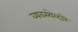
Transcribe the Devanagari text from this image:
व्यवस्थेव्दारे